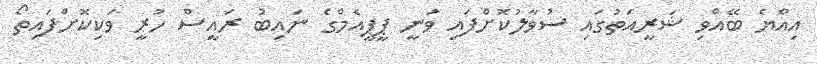
އިއްޔެ ބޭއްވި ޝަރީއަތުގައި ސުވާލުކޮށްފައި ވަނީ ޕީޕީއެމްގެ ނައިބު ރައީސް ހުރީ ވަކިކޮށްފައިތޯ